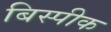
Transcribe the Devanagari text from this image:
बिस्पीक